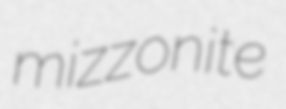
mizzonite